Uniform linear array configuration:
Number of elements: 24
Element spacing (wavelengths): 0.25
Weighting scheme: kaiser
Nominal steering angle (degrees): -45
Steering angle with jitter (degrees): -44.174
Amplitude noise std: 0.05
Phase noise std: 0.05

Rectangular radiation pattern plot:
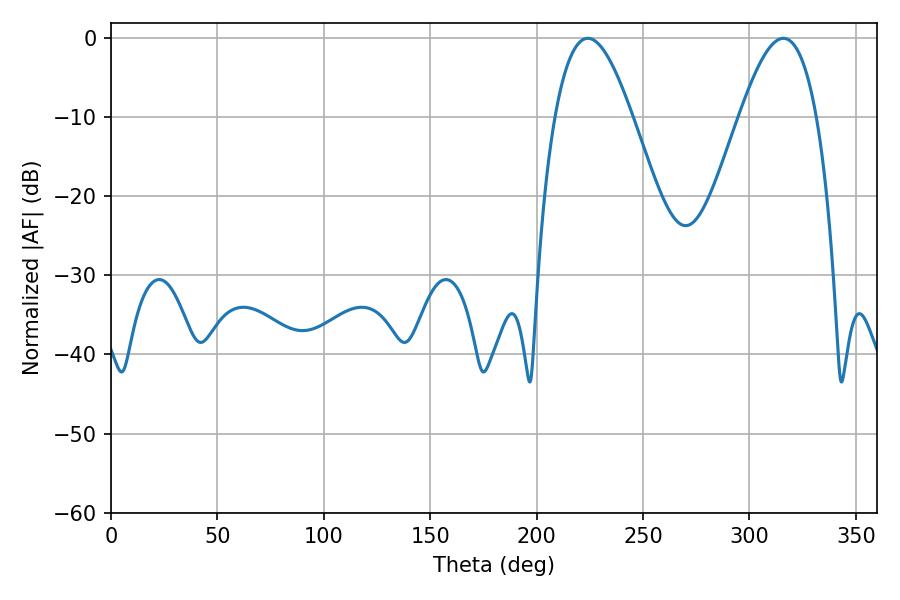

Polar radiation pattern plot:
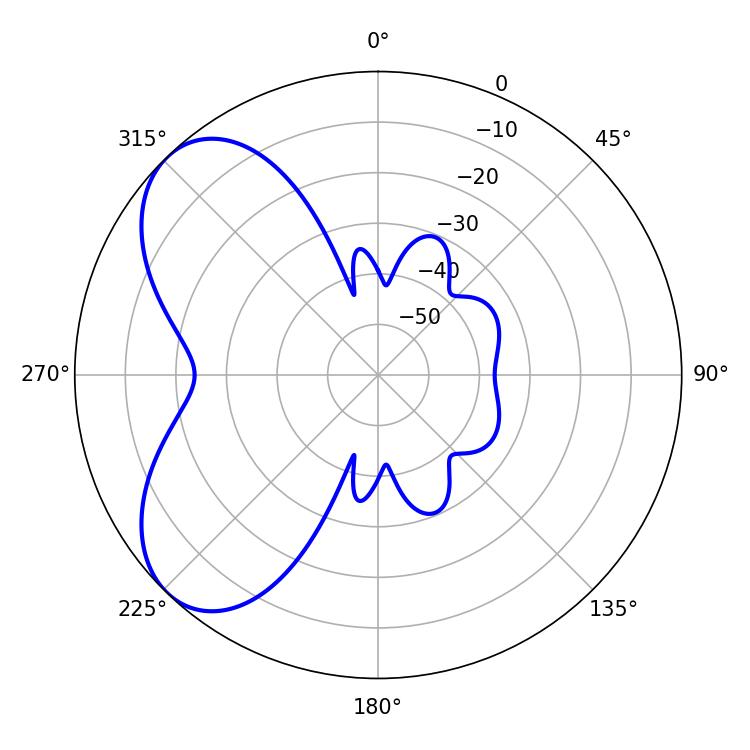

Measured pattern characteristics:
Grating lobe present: FALSE
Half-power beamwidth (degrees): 19.62
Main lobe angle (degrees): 224.1